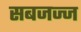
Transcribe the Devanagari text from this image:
सबजज्ज